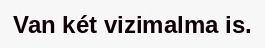
Van két vizimalma is.